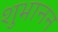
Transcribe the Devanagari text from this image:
शुभानन